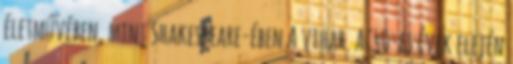
életművében, mint Shakespeare-ében A vihar. A '40-es évek elején